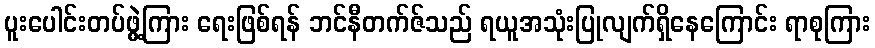
ပူးပေါင်းတပ်ဖွဲ့ကြား ရေးဖြစ်ရန် ဘင်နီတက်ဇ်သည် ရယူအသုံးပြုလျက်ရှိနေကြောင်း ရာစုကြား